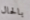
بالحال